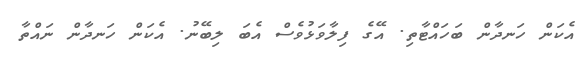
އެކަން ހަނދާން ބަހައްޓާތި. އޭގެ ފިލާވަޅުވެސް އެބަ ލިބޭނު. އެކަން ހަނދާން ނައްތާ